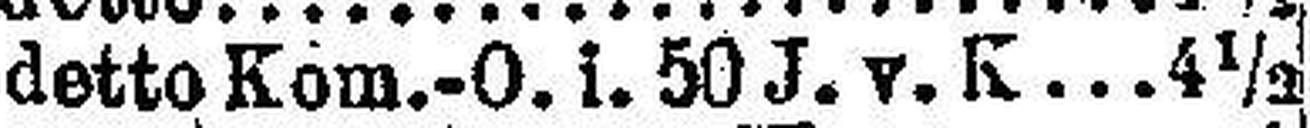
detto Kom.-O. i. 50 J. v. K 4½